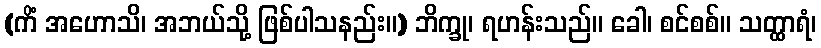
(ကိံ အဟောသိ၊ အဘယ်သို့ ဖြစ်ပါသနည်း။) ဘိက္ခု၊ ရဟန်းသည်။ ခေါ၊ စင်စစ်။ သတ္ထာရံ၊